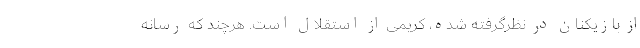
از بازیکنان در نظرگرفته شده،‌ کریمی از استقلال است. هرچند که رسانه